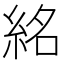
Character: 𥿨